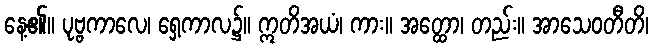
နေ့၏။ ပုဗ္ဗကာလေ၊ ရှေ့ကာလ၌။ ဣတိအယံ၊ ကား။ အတ္ထော၊ တည်း။ အာသေဝတီတိ၊